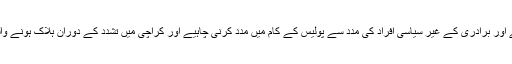
پولیس کو قانون کسی ڈر کے بغیر نافذ کرنا چاہیے اور برادری کے غیر سیاسی افراد کی مدد سے پولیس کے کام میں مدد کرنی چاہیے اور کراچی میں تشدد کے دوران ہلاک ہونے والے افراد کے ورثاء کو مناسب معاوضہ دیا جائے۔